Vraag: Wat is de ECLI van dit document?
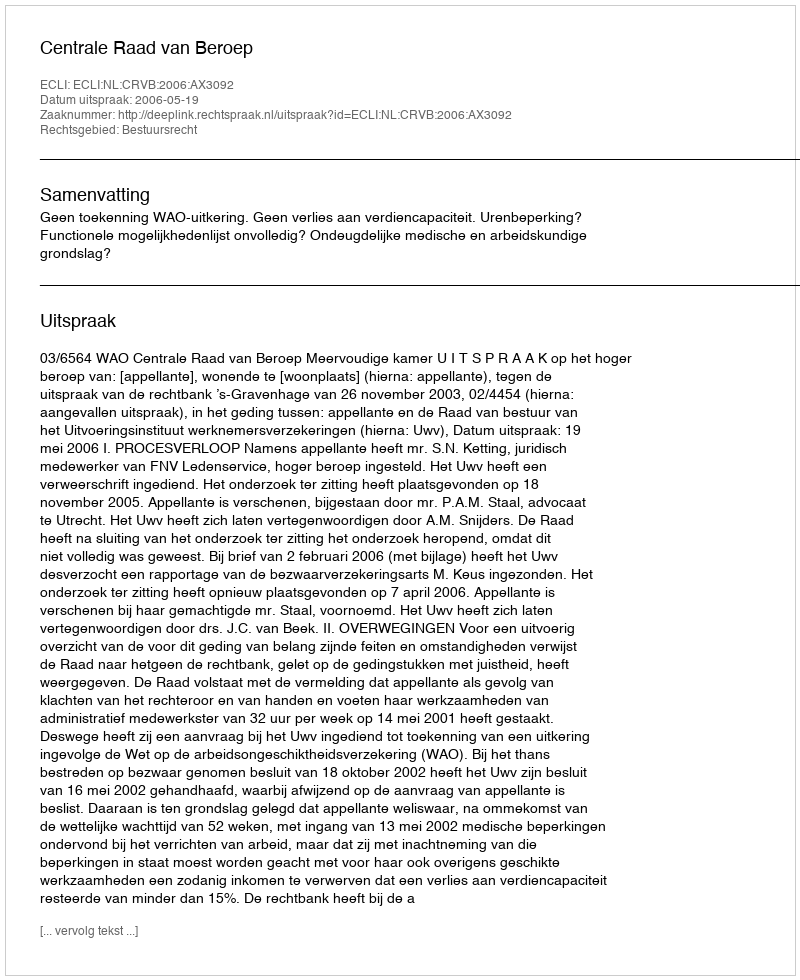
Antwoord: ECLI:NL:CRVB:2006:AX3092